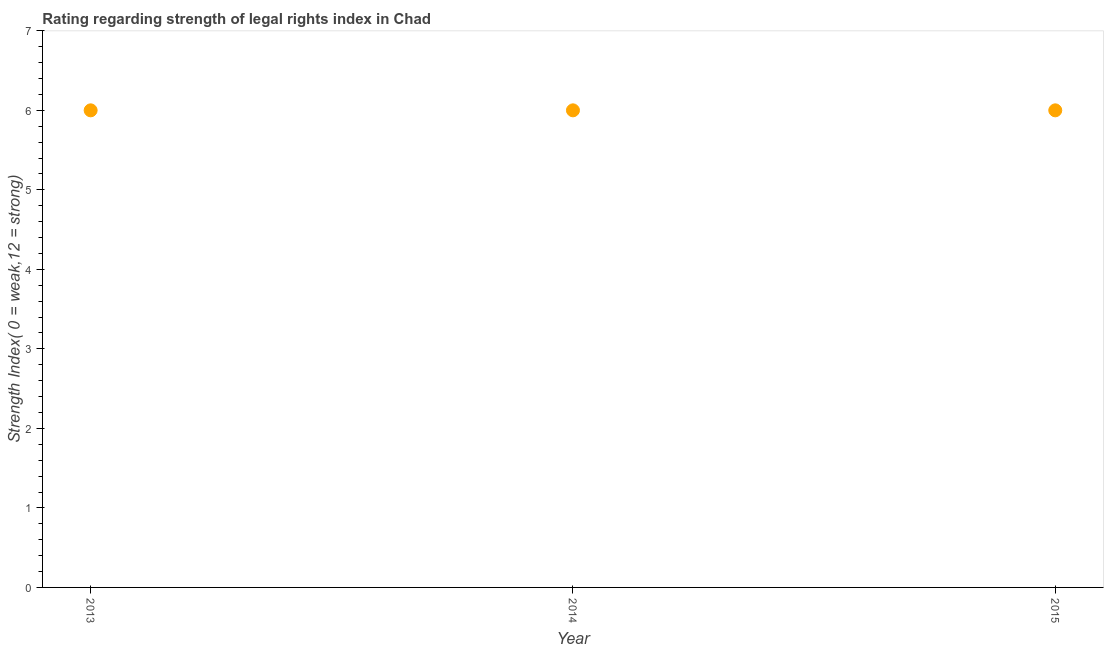
| Year | Strength of legal rights index |
 | --- | --- |
 | 2013 | 6 |
 | 2014 | 6 |
 | 2015 | 6 |